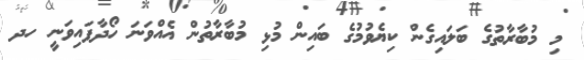
މި މުބާރާތުގެ ބަލައިގެން ކިޔެވުމުގެ ބައިން މުޅި މުބާރާތުން އެއްވަނަ ހޯދާފައިވަނީ ހދ